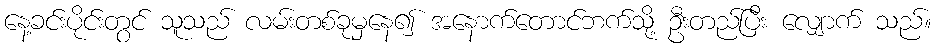
နေ့ခင်းပိုင်းတွင် သူသည် လမ်းတစ်ခုမှနေ၍ အနောက်တောင်ဘက်သို့ ဦးတည်ပြီး လျှောက် သည်။